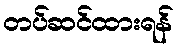
တပ်ဆင်ထားရန်